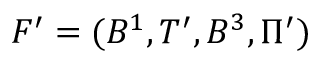
F ^ { \prime } = ( B ^ { 1 } , T ^ { \prime } , B ^ { 3 } , \Pi ^ { \prime } )